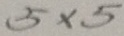
5 \times 5